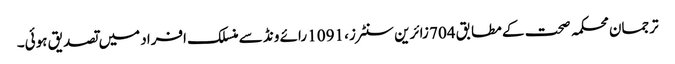
ترجمان محکمہ صحت کے مطابق 704 زائرین سنٹرز، 1091 رائے ونڈ سے منسلک افراد میں تصدیق ہوئی۔